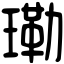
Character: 𤨕